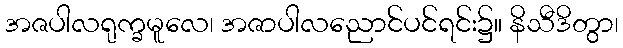
အဇပါလရုက္ခမူလေ၊ အဇာပါလညောင်ပင်ရင်း၌။ နိသီဒိတွာ၊